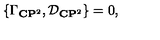
\{ { \Gamma } _ { { \bf C } { \bf P } ^ { 2 } } , { \cal D } _ { { \bf C } { \bf P } ^ { 2 } } \} = 0 ,